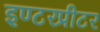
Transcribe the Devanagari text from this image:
इण्टरप्रीटर